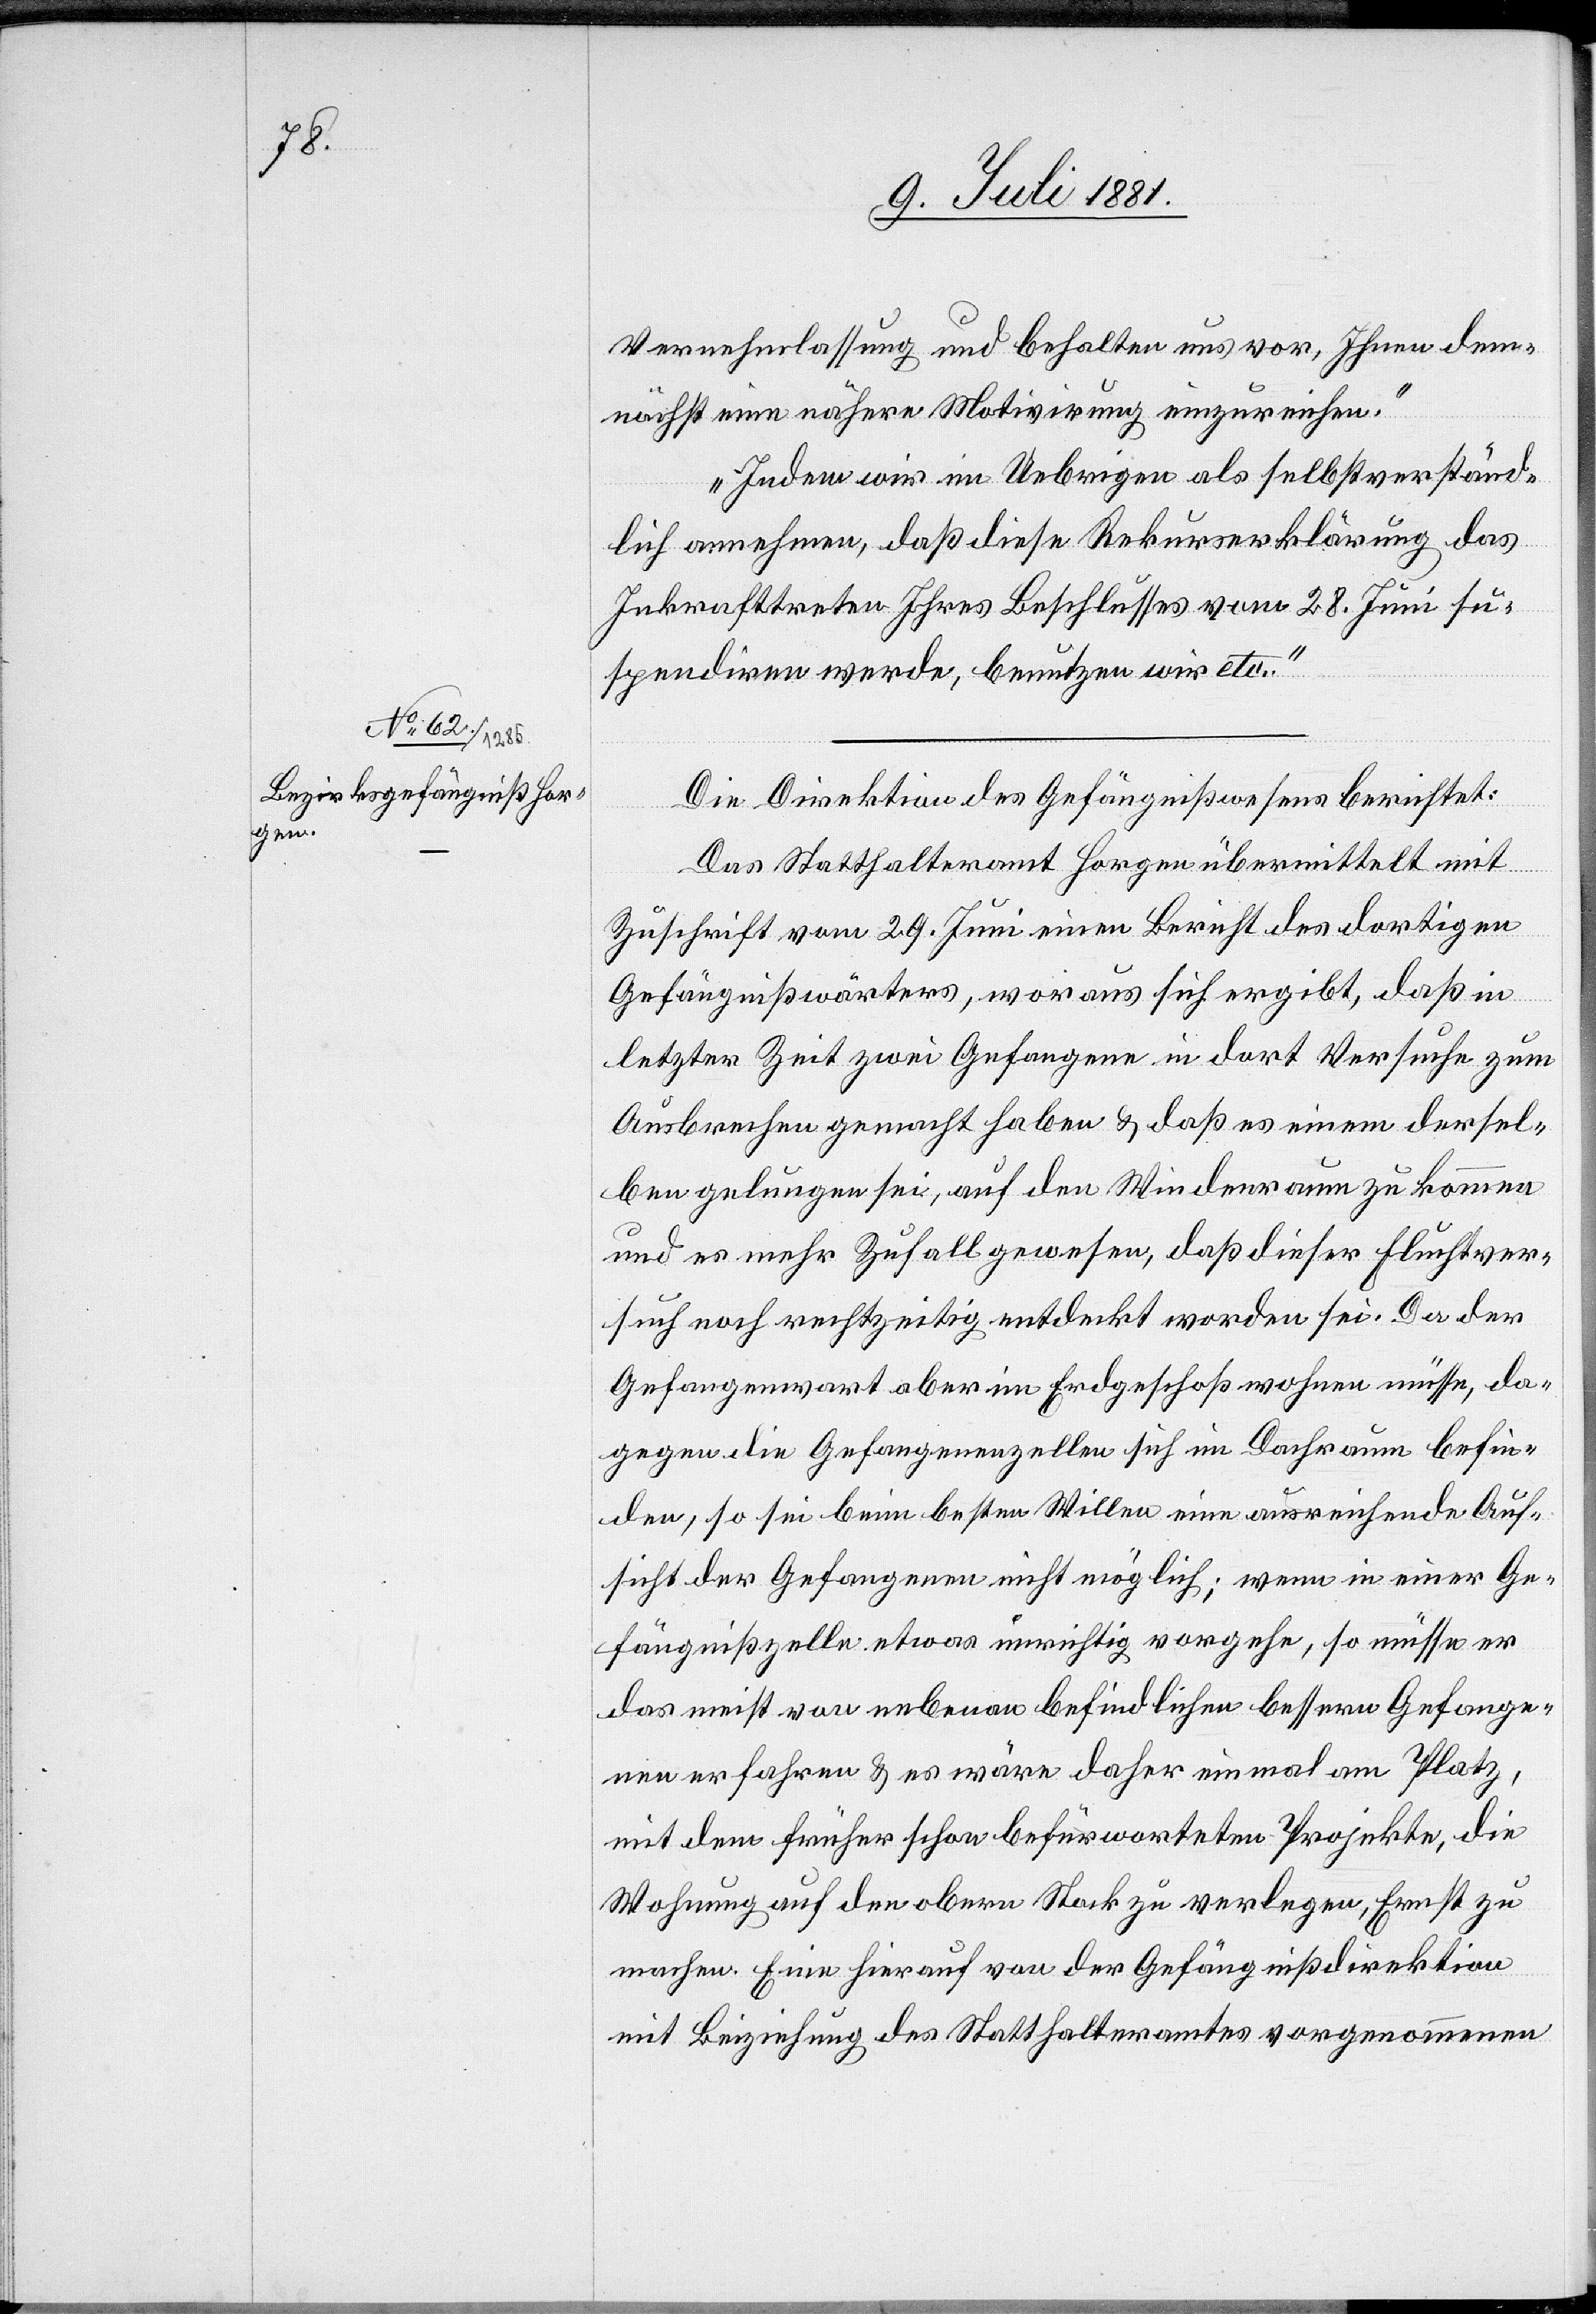
Vernehmlassung und behalten uns vor, Ihnen dem¬
nächst eine nähere Motivirung einzureichen.
Indem wir im Uebrigen als selbstverständ¬
lich annehmen, daß diese Rekurserklärung das
Inkrafttreten Ihres Beschlusses vom 28. Juni su¬
spendiren werde, benutzen wir etc.“
Die Direktion des Gefängnißwesens berichtet:
Das Statthalteramt Horgen übermittelt mit
Zuschrift vom 29. Juni einen Bericht des dortigen
Gefängißwärters, woraus sich ergibt, daß in
letzter Zeit zwei Gefangene in dort Versuche zum
Ausbrechen gemeldet haben & daß es einem dersel¬
ben gelungen sei, auf den Weidenraum zu kommen
und so mehr Zufall gewesen, daß dieser Fluchtver¬
such noch rechtzeitig entdeckt worden sei. Da der
Gefangenwart aber im Erdgeschoß wohnen müsse, da¬
gegen die Gefangenenzellen sich im Dachraum befin¬
den, so sei beim besten Willen eine ausreichende Auf¬
sicht der Gefangenen nicht möglich; wenn in einer Ge¬
fängnißzelle etwas unrichtig vorgehe, so müsse er
das meist von nebenan befindlichen bessern Gefange¬
nen erfahren & es wäre daher einmal am Platz,
mit dem früher schon befürworteten Projekte, die
Wohnung auf den obern Stock zu verlegen, Ernst zu
machen. Eine hierauf von der Gefängnißdirektion
mit Beiziehung des Statthalteramtes vorgenommenen